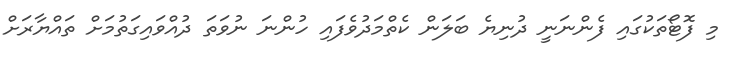
މި ފޮޓޯތަކުގައި ފެންނަނީ ދުނިޔެ ބަލަން ކެތްމަދުވެފައި ހުންނަ ނުވަތަ ދުއްވައިގަތުމަށް ތައްޔާރަށް